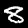
Label: 8